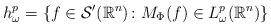
LaTeX: \begin{align*} h_{\omega}^{p}=\{f\in\mathcal{S}^{\prime}(\mathbb R^{n})\colon M_{\Phi}(f)\in L^{p}_{\omega}(\mathbb R^{n})\} \end{align*}